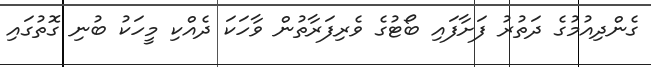
ގެންދިއުމުގެ ދަތުރު ފަށާފައި ބޯޓުގެ ވެރިފަރާތުން ވާހަކަ ދެއްކި މީހަކު ބުނި ގޮތުގައި